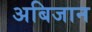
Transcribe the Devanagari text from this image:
अबिजान